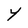
Character: Y